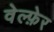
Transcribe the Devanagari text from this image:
वेल्फ़ेर